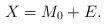
\begin{align*}X=M_0+E.\end{align*}